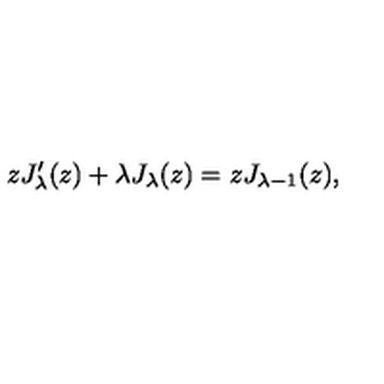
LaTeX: z J _ { \lambda } ^ { \prime } ( z ) + \lambda J _ { \lambda } ( z ) = z J _ { \lambda - 1 } ( z ) ,